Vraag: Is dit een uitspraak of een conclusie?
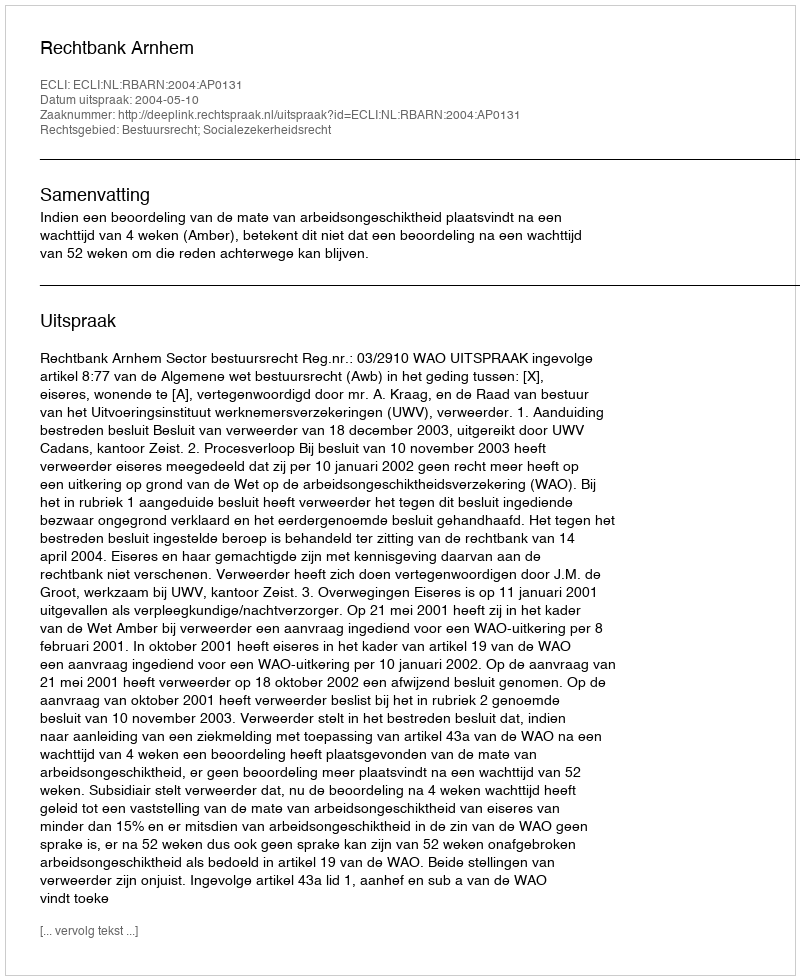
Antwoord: Uitspraak